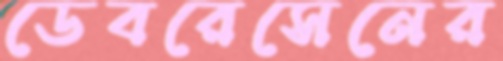
ডেবরেসেনের